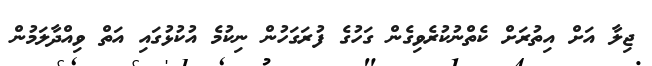
ޖިލާ އަށް އިތުރަށް ކެތްނުކުރެވިގެން ގަހުގެ ފުރަގަހުން ނިކުމެ އުކުޅުގައި އަތް ވިއްދާލަމުން